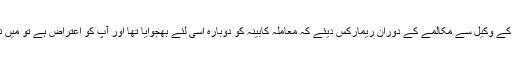
چیف جسٹس نے اومنی گروپ کے وکیل سے مکالمے کے دوران ریمارکس دیئے کہ معاملہ کابینہ کو دوبارہ اسی لئے بھجوایا تھا اور آپ کو اعتراض ہے تو میں نام ای سی ایل میں ڈال دیتا ہوں۔